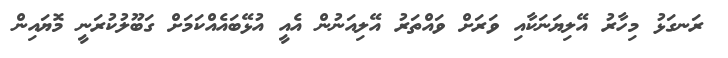
ރަނގަޅު މިހާރު އޭލިޔަނަކާއި ވަރަށް ވައްތަރު އޭލިއަނުން އެއީ އުޅޭބައެއްކަމަށް ގަބޫލުކުރަނީ މޮޔައިން